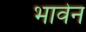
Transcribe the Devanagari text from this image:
भावेन